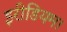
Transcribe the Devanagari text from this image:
इरीडियम।